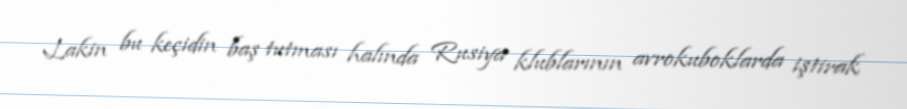
Lakin bu keçidin baş tutması halında Rusiya klublarının avrokuboklarda iştirak